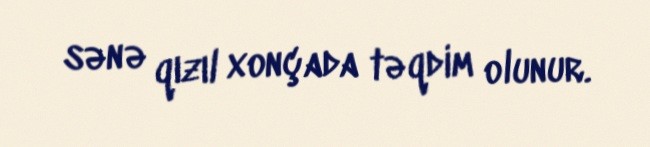
sənə qızıl xonçada təqdim olunur.